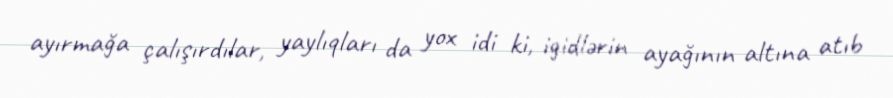
ayırmağa çalışırdılar, yaylıqları da yox idi ki, igidlərin ayağının altına atıb